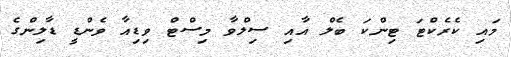
މައި ކެރެކްޓަ ޓިންކަ ބެލް އާއި ސިލްވާ މިސްޓް ވިޑިއާ ވެންޑީ ޑާލިންގެ